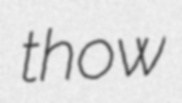
thow